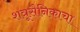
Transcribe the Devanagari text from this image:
शत्रूसैनिकाचा